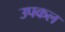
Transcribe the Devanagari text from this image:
उपकल